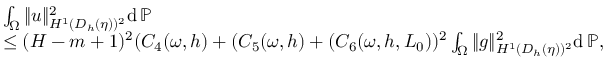
\begin{array} { r l } & { \int _ { \Omega } \| u \| _ { H ^ { 1 } ( D _ { h } ( \eta ) ) ^ { 2 } } ^ { 2 } \mathrm { d } \, \mathbb { P } } \\ & { \le ( H - m + 1 ) ^ { 2 } ( C _ { 4 } ( \omega , h ) + ( C _ { 5 } ( \omega , h ) + ( C _ { 6 } ( \omega , h , L _ { 0 } ) ) ^ { 2 } \int _ { \Omega } \| g \| _ { H ^ { 1 } ( D _ { h } ( \eta ) ) ^ { 2 } } ^ { 2 } \mathrm { d } \, \mathbb { P } , } \end{array}